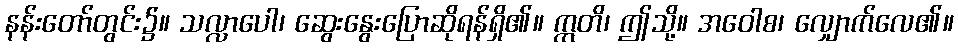
နန်းတော်တွင်း၌။ သလ္လာပေါ၊ ဆွေးနွေးပြောဆိုရန်ရှိ၏။ ဣတိ၊ ဤသို့။ အဝေါစ၊ လျှောက်လေ၏။